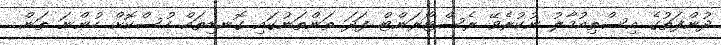
ދުންފަތުގެ އިސްތިއުމާލު ނުކުރެވޭ ރެސްޓޯރަންޓް ފަދަ ތަންތަނުގައި ގޮނޑިތައް ހުސްކޮށް ހުންނަ ތަން